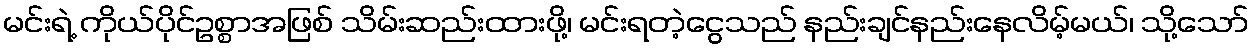
မင်းရဲ့ ကိုယ်ပိုင်ဥစ္စာအဖြစ် သိမ်းဆည်းထားဖို့၊ မင်းရတဲ့ငွေသည် နည်းချင်နည်းနေလိမ့်မယ်၊ သို့သော်